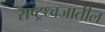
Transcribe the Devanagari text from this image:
राष्ट्रध्वजातील